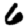
Digit: 6